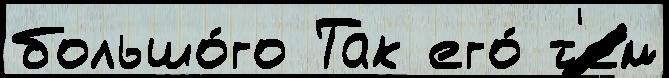
большо́го Так его́ т'ем